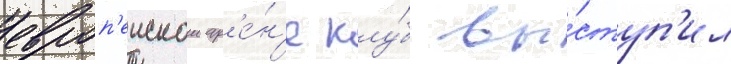
европ'еискои ар'е́н'е клу́б вы́ступ'ил